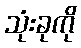
သုံးခုကို